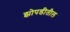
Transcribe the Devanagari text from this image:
झोपडीतील